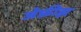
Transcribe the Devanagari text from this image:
जेफ्रीझ